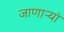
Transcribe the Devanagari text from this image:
जाणाऱ्यां